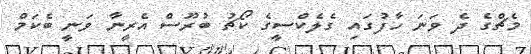
މެޗްގެ ދެ ވަނަ ހާފުގައި ގެލެކްސީގެ ކޯޗު ބުރޫސް އެރީނާ ވަނީ ބެކަމް